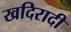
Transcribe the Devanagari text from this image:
खदिरादी